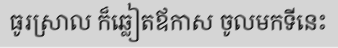
ធូរស្រាល ក៏ឆ្លៀតឪកាស ចូលមកទីនេះ